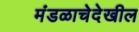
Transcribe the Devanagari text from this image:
मंडळाचेदेखील